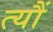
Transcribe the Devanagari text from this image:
त्‍यौं